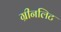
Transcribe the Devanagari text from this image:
ग्रीनलिट